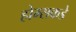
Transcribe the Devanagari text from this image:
होम्सकडे